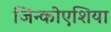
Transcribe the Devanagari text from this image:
जिन्कोएशिया